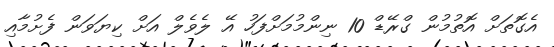
އެގޮތަށް އޮތުމުން ގްރޭޑް 10 ނިންމުމަށްފަހު އޭ ލެވެލް އަށް ކިޔަވަން ފެށުމާއި